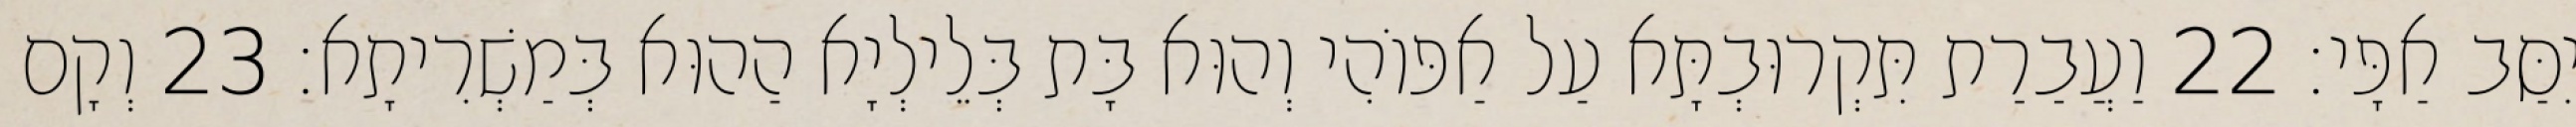
יִסַּב אַפָּי׃ 22 וַעֲבַרַת תִּקְרוּבְתָּא עַל אַפּוֹהִי וְהוּא בָּת בְּלֵילְיָא הַהוּא בְּמַשְׁרִיתָא׃ 23 וְקָם